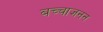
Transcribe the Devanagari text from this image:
बच्चाजनन